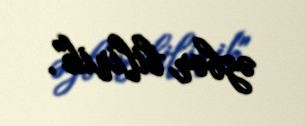
əzbər bilirik".